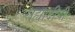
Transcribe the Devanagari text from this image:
सह्यादीची